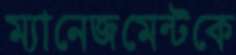
ম্যানেজমেন্টকে